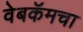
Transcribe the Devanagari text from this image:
वेबकॅमचा